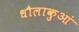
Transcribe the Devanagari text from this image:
धौलाकुआं